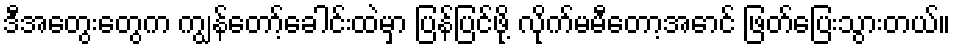
ဒီအတွေးတွေက ကျွန်တော့်ခေါင်းထဲမှာ ပြန်ပြင်ဖို့ လိုက်မမီတော့အောင် ဖြတ်ပြေးသွားတယ်။